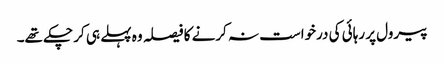
پیرول پر رہائی کی درخواست نہ کرنے کا فیصلہ وہ پہلے ہی کر چکے تھے۔